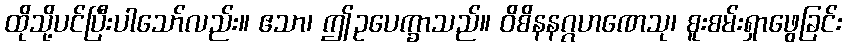
ထိုသို့ပင်ပြီးပါသော်လည်း။ ဧသာ၊ ဤဥပေက္ခာသည်။ ဝိစိနနဂ္ဂဟဏေသု၊ စူးစမ်းရှာဖွေခြင်း